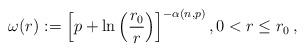
LaTeX: \begin{align*}\omega (r) := \left[ p+\ln \left( \frac{r_0}{r} \right) \right]^{-\alpha (n,p)},0<r\leq r_0\,,\end{align*}